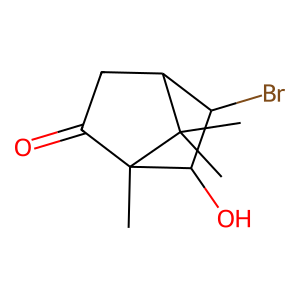
SMILES: CC1(C)C2CC(=O)C1(C)C(O)C2Br
Inhibits HIV replication: No